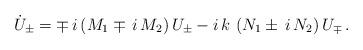
LaTeX: \begin{align*}\dot{U}_\pm = \mp \, i \left( M_1 \mp \, i \, M_2 \right) U_\pm- i \, k \, \left( N_1 \pm \, i \, N_2 \right) U_\mp \,.\end{align*}